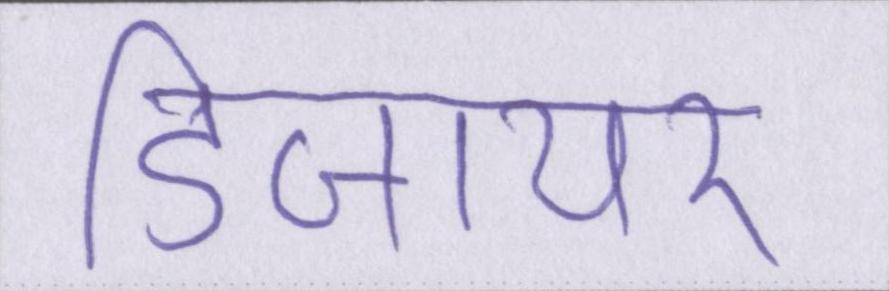
डिजायर